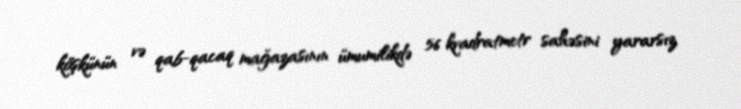
köşkünün və qab-qacaq mağazasının ümumilikdə 56 kvadratmetr sahəsini yararsız